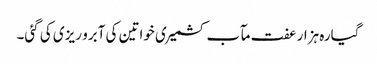
گیارہ ہزار عفت مآب کشمیری خواتین کی آبرو ریزی کی گئی۔